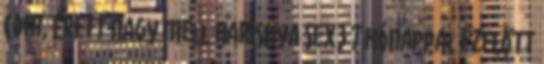
Com, Érett Nagy Mell Harisnya Sex3 7 hónappal ezelőtt